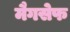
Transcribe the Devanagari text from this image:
मैगसेफ